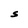
Character: S